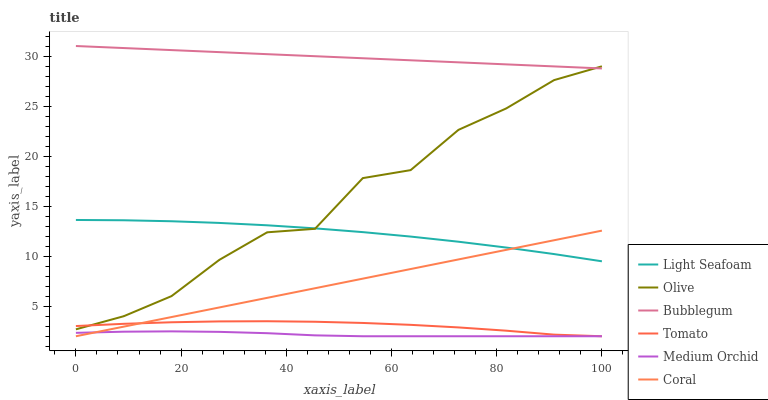
| xaxis_label | Light Seafoam | Olive | Bubblegum | Tomato | Medium Orchid | Coral |
 | --- | --- | --- | --- | --- | --- | --- |
 | 0 | 13.6 | 2.69 | 31 | 3.02 | 2.34 | 2 |
 | 9.09 | 13.6 | 4 | 30.8 | 3.24 | 2.46 | 2.96 |
 | 18.2 | 13.5 | 6.01 | 30.6 | 3.4 | 2.49 | 3.92 |
 | 27.3 | 13.3 | 9.63 | 30.4 | 3.48 | 2.44 | 4.88 |
 | 36.4 | 13.1 | 12.4 | 30.2 | 3.5 | 2.31 | 5.84 |
 | 45.5 | 12.8 | 12.7 | 30 | 3.45 | 2.09 | 6.8 |
 | 54.5 | 12.4 | 17.8 | 29.8 | 3.33 | 2 | 7.76 |
 | 63.6 | 12 | 18.6 | 29.6 | 3.14 | 2 | 8.72 |
 | 72.7 | 11.4 | 22.6 | 29.4 | 2.88 | 2 | 9.67 |
 | 81.8 | 10.9 | 24.8 | 29.2 | 2.56 | 2 | 10.6 |
 | 90.9 | 10.2 | 27.6 | 29 | 2.16 | 2 | 11.6 |
 | 100 | 9.49 | 29 | 28.8 | 2 | 2 | 12.6 |